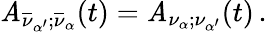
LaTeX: {\cal\mathit{A}}_{\overline{{{{\nu}}}}_{\alpha^{\prime}};\overline{{{{\nu}}}}_{\alpha}}(t)={\cal\mathit{A}}_{\nu_{\alpha};\nu_{\alpha^{\prime}}}(t)\, .